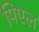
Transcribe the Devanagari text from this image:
पिएल